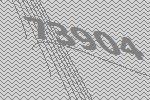
73904